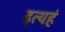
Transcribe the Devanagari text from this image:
इत्यहं